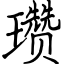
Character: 瓒